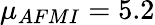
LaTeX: {\mu}_{AFMI}=5.2